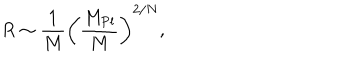
R \sim { \frac { 1 } { M } } \left( \frac { M _ { \mathrm { P l } } } { M } \right) ^ { 2 / N } ,